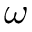
\omega